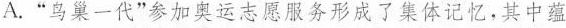
A.“鸟巢一代”参加奥运志愿服务形成了集体记忆，其中蕴